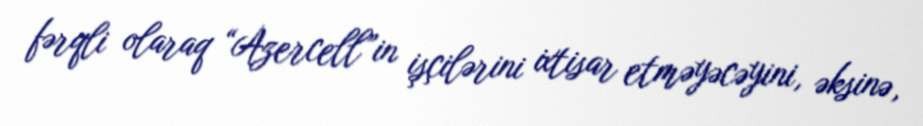
fərqli olaraq “Azercell”in işçilərini ixtisar etməyəcəyini, əksinə,